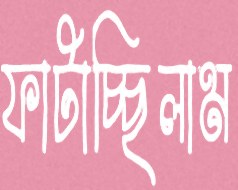
ফাটাচ্ছিলাম